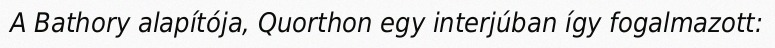
A Bathory alapítója, Quorthon egy interjúban így fogalmazott: